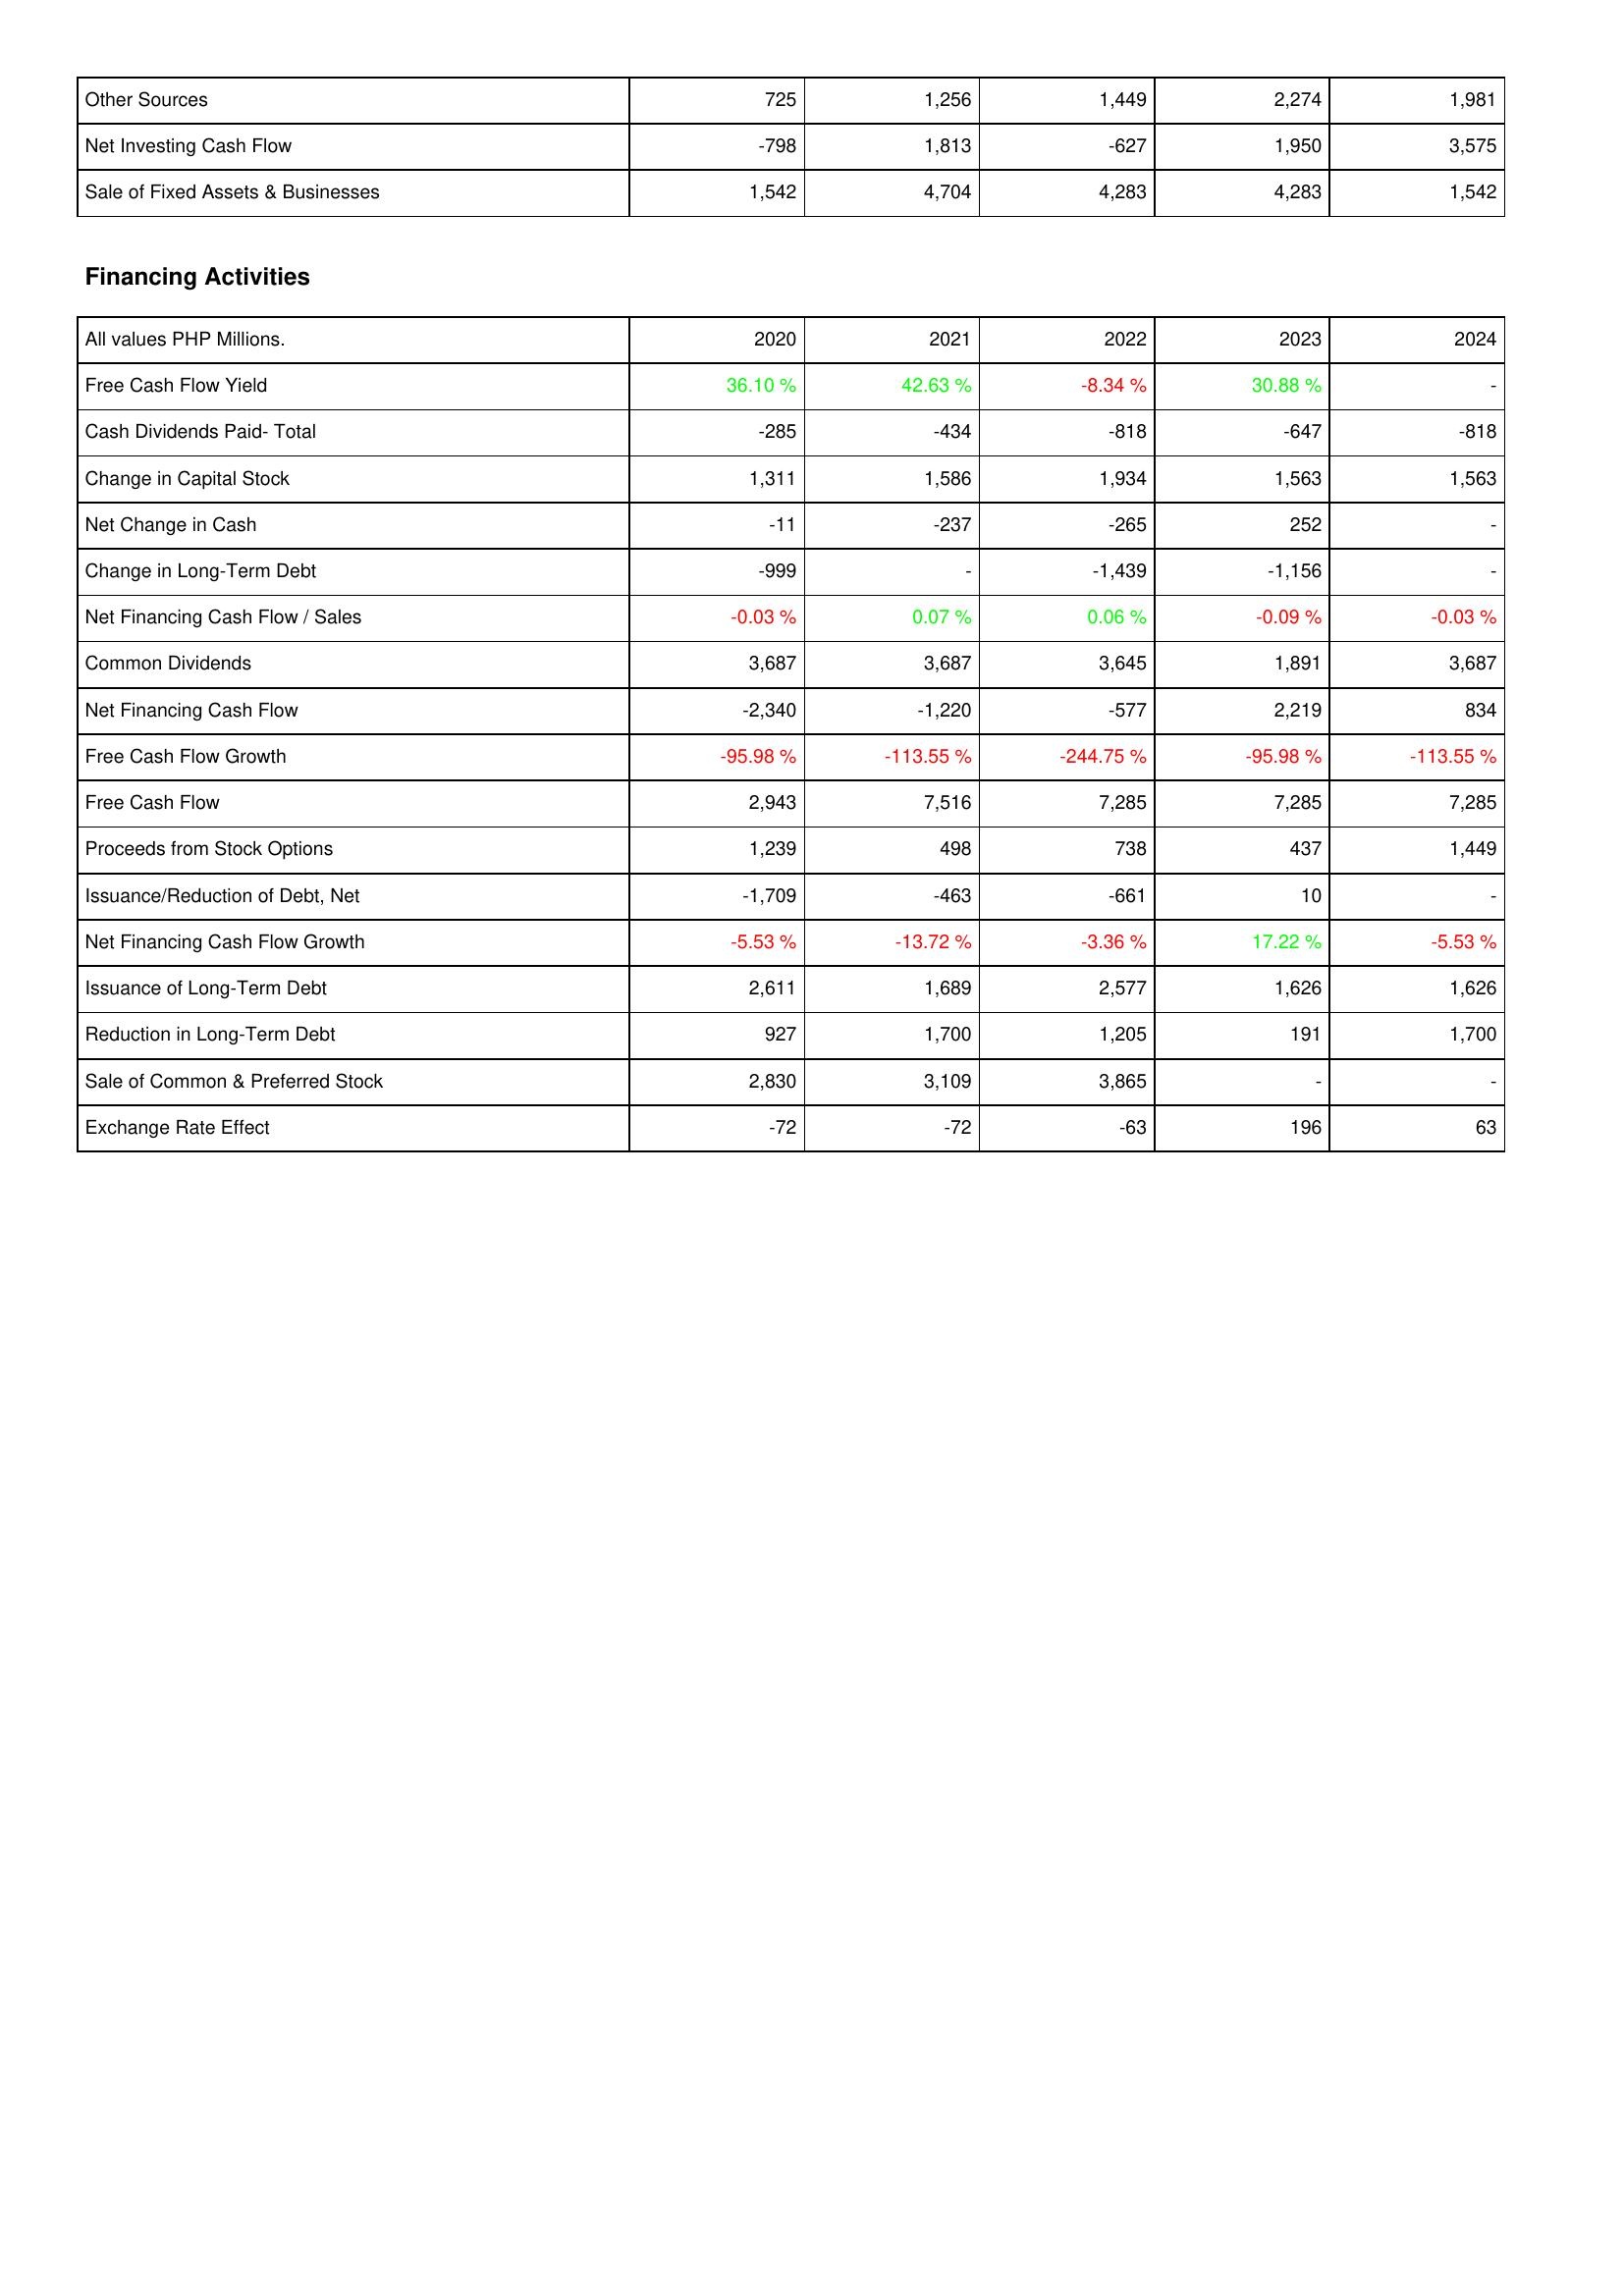
2020: Investing Activities: Other Sources: 725
Net Investing Cash Flow: -798
Sale of Fixed Assets & Businesses: 1,542
Financing Activities: Free Cash Flow Yield: 36.10 %
Cash Dividends Paid- Total: -285
Change in Capital Stock: 1,311
Net Change in Cash: -11
Change in Long-Term Debt: -999
Net Financing Cash Flow / Sales: -0.03 %
Common Dividends: 3,687
Net Financing Cash Flow: -2,340
Free Cash Flow Growth: -95.98 %
Free Cash Flow: 2,943
Proceeds from Stock Options: 1,239
Issuance/Reduction of Debt, Net: -1,709
Net Financing Cash Flow Growth: -5.53 %
Issuance of Long-Term Debt: 2,611
Reduction in Long-Term Debt: 927
Sale of Common & Preferred Stock: 2,830
Exchange Rate Effect: -72
2021: Investing Activities: Other Sources: 1,256
Net Investing Cash Flow: 1,813
Sale of Fixed Assets & Businesses: 4,704
Financing Activities: Free Cash Flow Yield: 42.63 %
Cash Dividends Paid- Total: -434
Change in Capital Stock: 1,586
Net Change in Cash: -237
Change in Long-Term Debt: -
Net Financing Cash Flow / Sales: 0.07 %
Common Dividends: 3,687
Net Financing Cash Flow: -1,220
Free Cash Flow Growth: -113.55 %
Free Cash Flow: 7,516
Proceeds from Stock Options: 498
Issuance/Reduction of Debt, Net: -463
Net Financing Cash Flow Growth: -13.72 %
Issuance of Long-Term Debt: 1,689
Reduction in Long-Term Debt: 1,700
Sale of Common & Preferred Stock: 3,109
Exchange Rate Effect: -72
2022: Investing Activities: Other Sources: 1,449
Net Investing Cash Flow: -627
Sale of Fixed Assets & Businesses: 4,283
Financing Activities: Free Cash Flow Yield: -8.34 %
Cash Dividends Paid- Total: -818
Change in Capital Stock: 1,934
Net Change in Cash: -265
Change in Long-Term Debt: -1,439
Net Financing Cash Flow / Sales: 0.06 %
Common Dividends: 3,645
Net Financing Cash Flow: -577
Free Cash Flow Growth: -244.75 %
Free Cash Flow: 7,285
Proceeds from Stock Options: 738
Issuance/Reduction of Debt, Net: -661
Net Financing Cash Flow Growth: -3.36 %
Issuance of Long-Term Debt: 2,577
Reduction in Long-Term Debt: 1,205
Sale of Common & Preferred Stock: 3,865
Exchange Rate Effect: -63
2023: Investing Activities: Other Sources: 2,274
Net Investing Cash Flow: 1,950
Sale of Fixed Assets & Businesses: 4,283
Financing Activities: Free Cash Flow Yield: 30.88 %
Cash Dividends Paid- Total: -647
Change in Capital Stock: 1,563
Net Change in Cash: 252
Change in Long-Term Debt: -1,156
Net Financing Cash Flow / Sales: -0.09 %
Common Dividends: 1,891
Net Financing Cash Flow: 2,219
Free Cash Flow Growth: -95.98 %
Free Cash Flow: 7,285
Proceeds from Stock Options: 437
Issuance/Reduction of Debt, Net: 10
Net Financing Cash Flow Growth: 17.22 %
Issuance of Long-Term Debt: 1,626
Reduction in Long-Term Debt: 191
Sale of Common & Preferred Stock: -
Exchange Rate Effect: 196
2024: Investing Activities: Other Sources: 1,981
Net Investing Cash Flow: 3,575
Sale of Fixed Assets & Businesses: 1,542
Financing Activities: Free Cash Flow Yield: -
Cash Dividends Paid- Total: -818
Change in Capital Stock: 1,563
Net Change in Cash: -
Change in Long-Term Debt: -
Net Financing Cash Flow / Sales: -0.03 %
Common Dividends: 3,687
Net Financing Cash Flow: 834
Free Cash Flow Growth: -113.55 %
Free Cash Flow: 7,285
Proceeds from Stock Options: 1,449
Issuance/Reduction of Debt, Net: -
Net Financing Cash Flow Growth: -5.53 %
Issuance of Long-Term Debt: 1,626
Reduction in Long-Term Debt: 1,700
Sale of Common & Preferred Stock: -
Exchange Rate Effect: 63